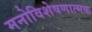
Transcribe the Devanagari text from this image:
मनोविशेषणात्मक